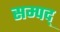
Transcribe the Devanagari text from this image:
सम्पद्